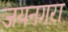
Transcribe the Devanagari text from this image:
जयनगरा